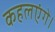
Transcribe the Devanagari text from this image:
कहलएंगे।